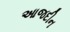
આજદીન